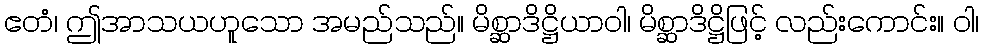
ဧတံ၊ ဤအာသယဟူသော အမည်သည်။ မိစ္ဆာဒိဋ္ဌိယာဝါ၊ မိစ္ဆာဒိဋ္ဌိဖြင့် လည်းကောင်း။ ဝါ၊